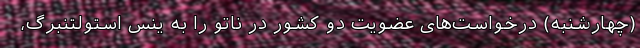
(چهارشنبه) درخواست‌های عضویت دو کشور در ناتو را به ینس استولتنبرگ،